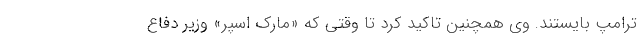
ترامپ بایستند. وی همچنین تاکید کرد تا وقتی که «مارک اسپر» وزیر دفاع